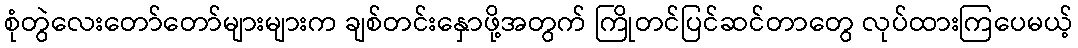
စုံတွဲလေးတော်တော်များများက ချစ်တင်းနှောဖို့အတွက် ကြိုတင်ပြင်ဆင်တာတွေ လုပ်ထားကြပေမယ့်